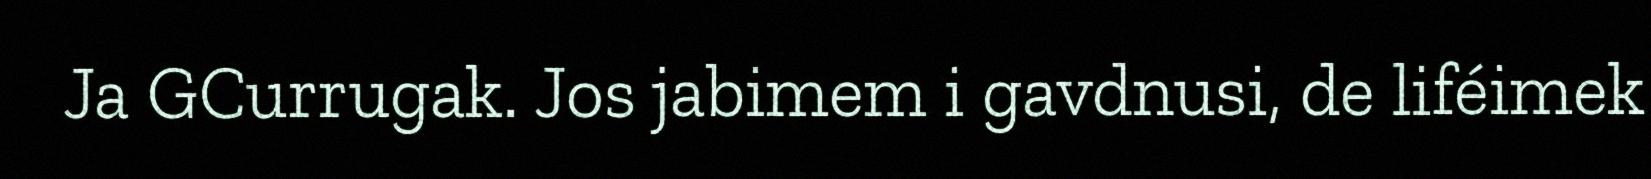
Ja GCurrugak. Jos jabimem i gavdnusi, de liféimek